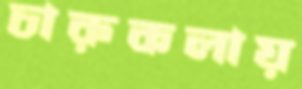
চারুকলায়